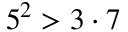
5 ^ { 2 } > 3 \cdot 7